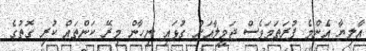
އާލިޔާ އެންމެ ފުރަތަމަވެސް ޖަމީލާއަށް ގުޅައި ނިހާން މިރޭ ކަންތައް ކުރި ގޮތުގެ